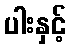
ပါးနှင့်